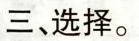
三、选择。